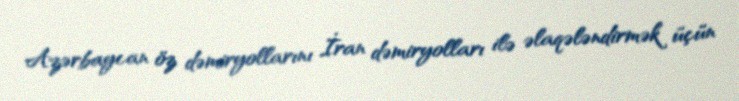
Azərbaycan öz dəmiryollarını İran dəmiryolları ilə əlaqələndirmək üçün